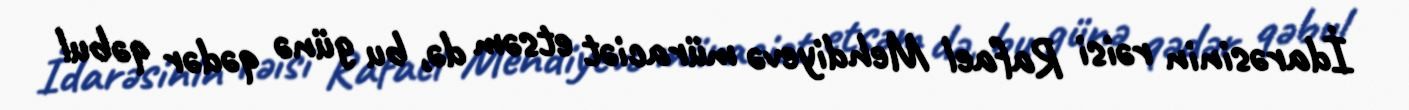
İdarəsinin rəisi Rafael Mehdiyevə müraciət etsəm də, bu günə qədər qəbul